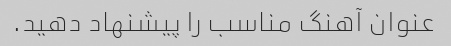
عنوان آهنگ مناسب را پیشنهاد دهید.